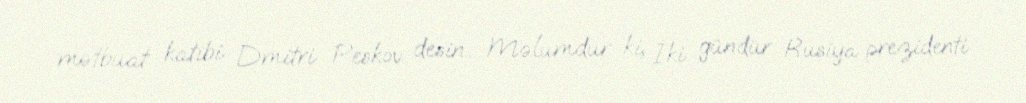
mətbuat katibi Dmitri Peskov desin... Məlumdur ki, İki gündür Rusiya prezidenti